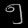
Digit: ၅